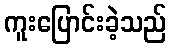
ကူးပြောင်းခဲ့သည်